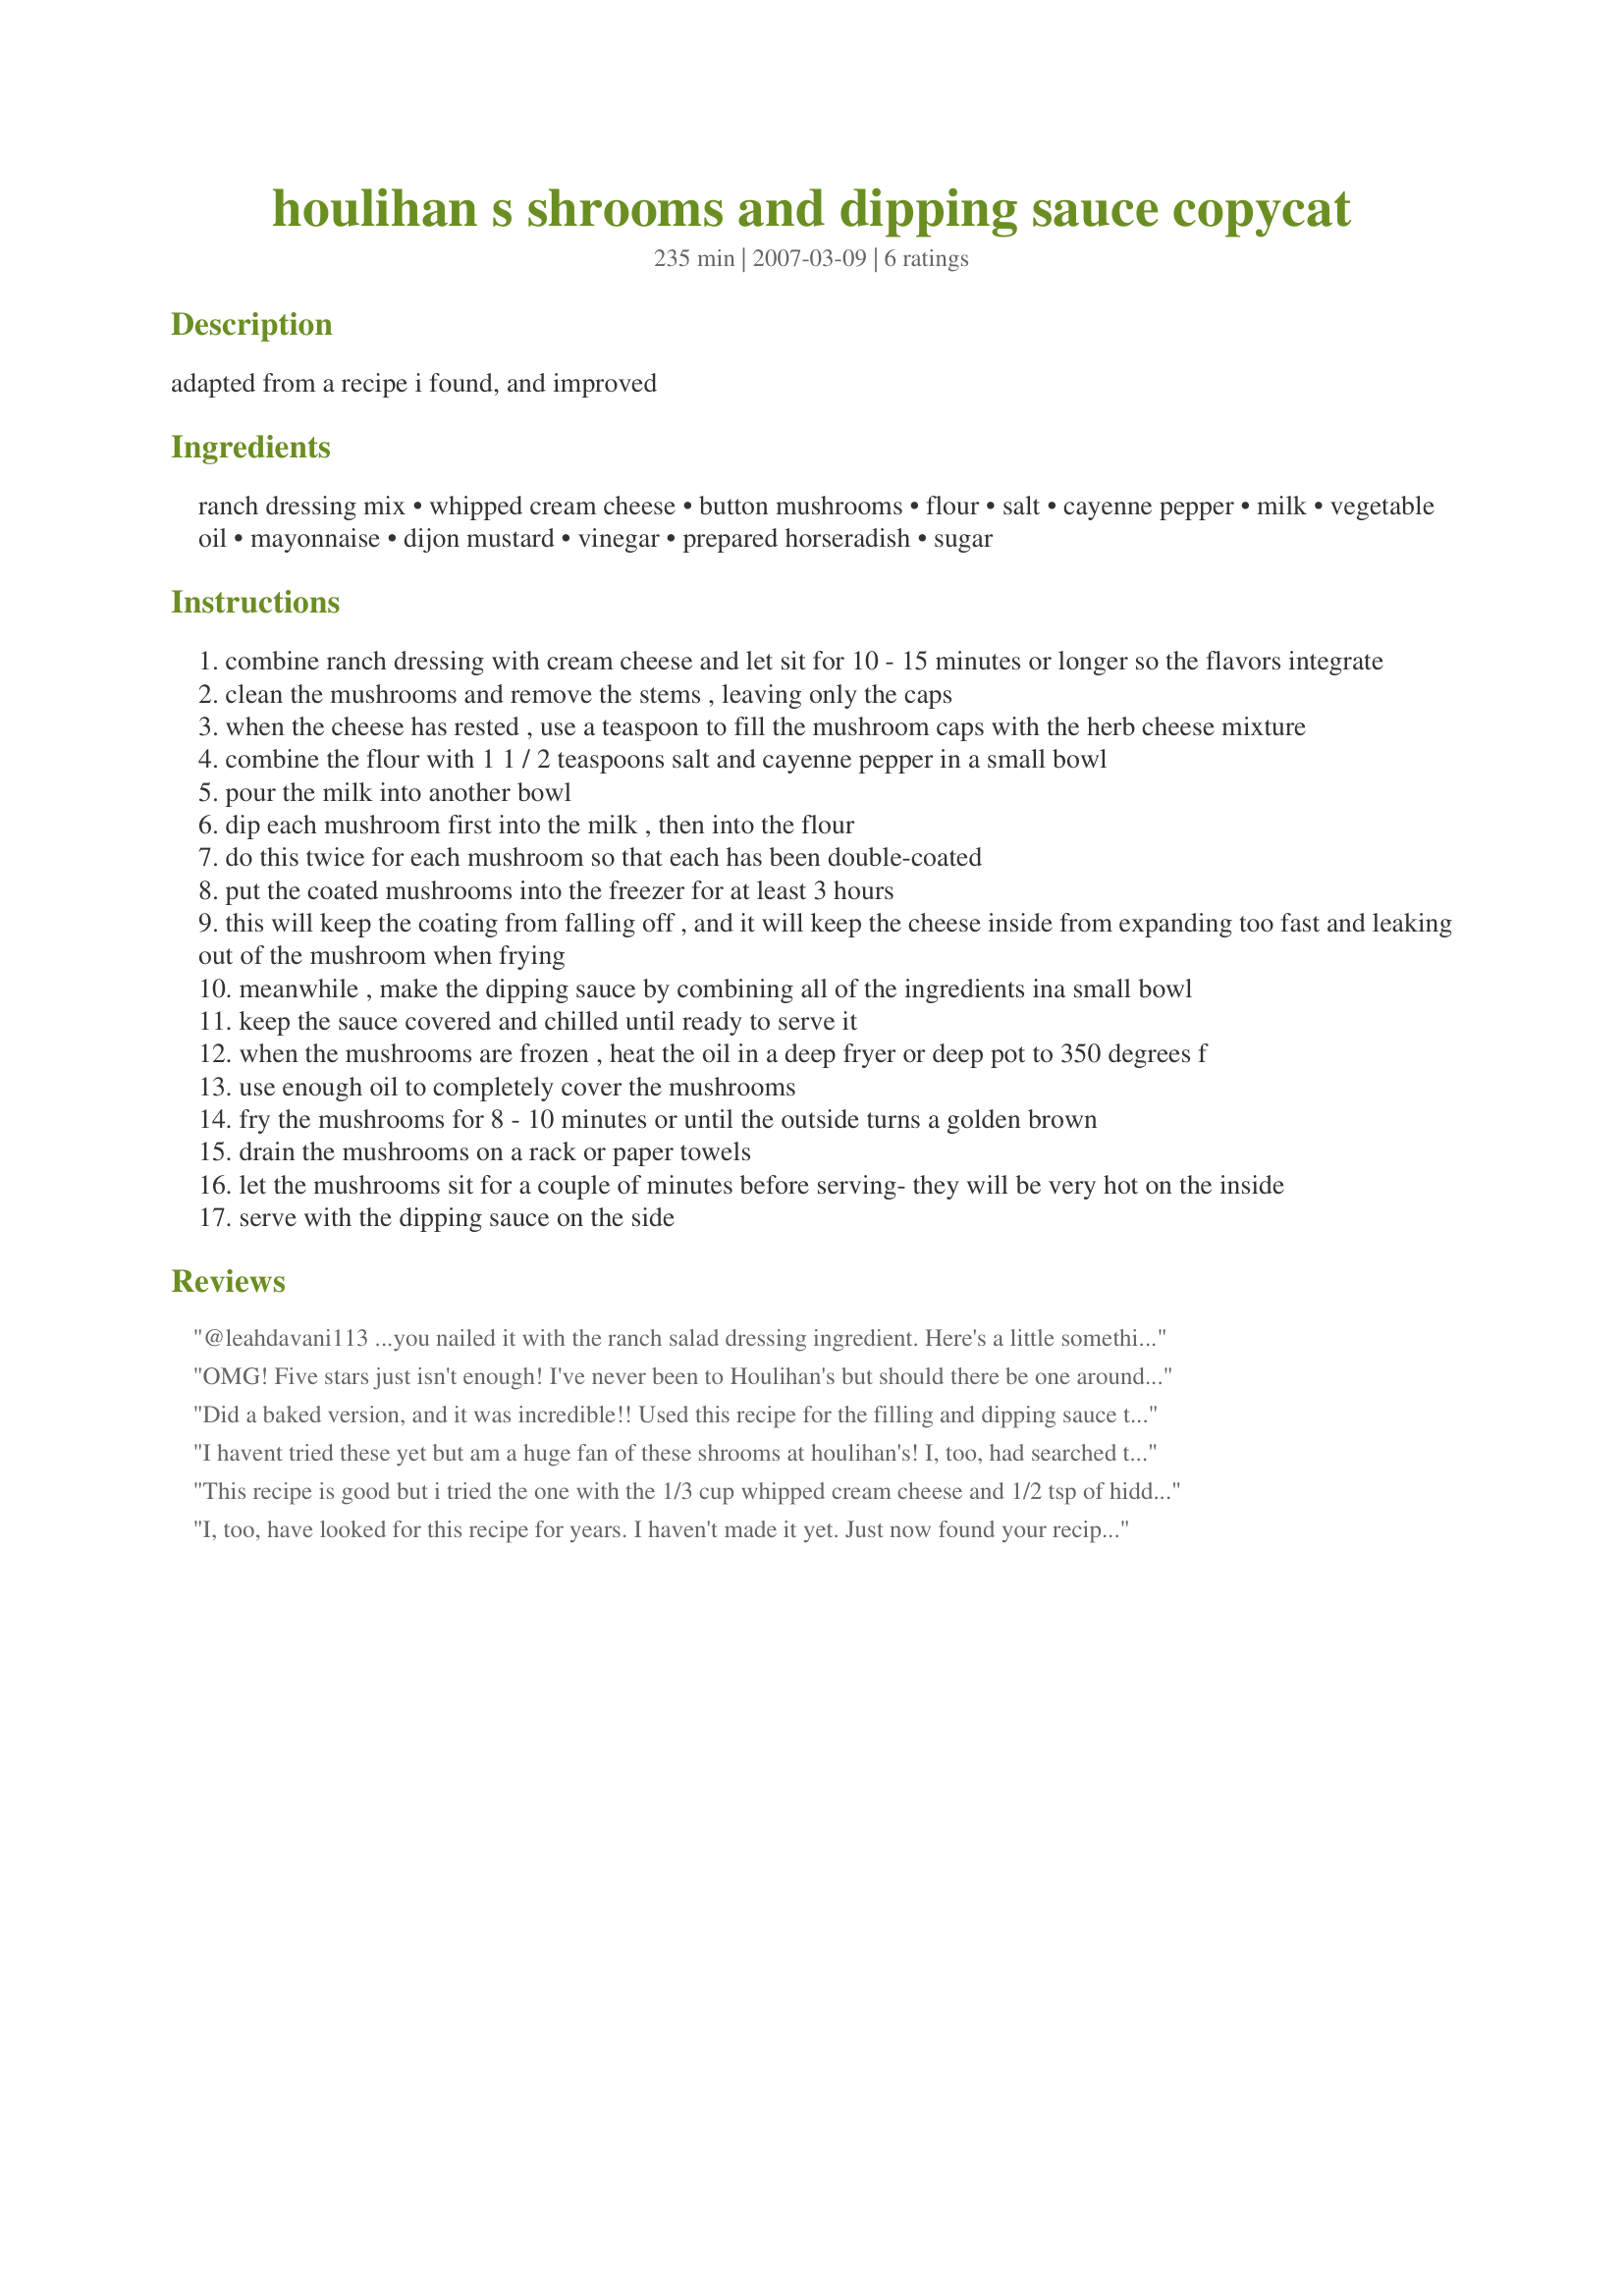
houlihan s shrooms and dipping sauce copycat
Preparation time: 235 minutes

adapted from a recipe i found, and improved

Ingredients:
ranch dressing mix, whipped cream cheese, button mushrooms, flour, salt, cayenne pepper, milk, vegetable oil, mayonnaise, dijon mustard, vinegar, prepared horseradish, sugar

Steps:
combine ranch dressing with cream cheese and let sit for 10 - 15 minutes or longer so the flavors integrate
clean the mushrooms and remove the stems , leaving only the caps
when the cheese has rested , use a teaspoon to fill the mushroom caps with the herb cheese mixture
combine the flour with 1 1 / 2 teaspoons salt and cayenne pepper in a small bowl
pour the milk into another bowl
dip each mushroom first into the milk , then into the flour
do this twice for each mushroom so that each has been double-coated
put the coated mushrooms into the freezer for at least 3 hours
this will keep the coating from falling off , and it will keep the cheese inside from expanding too fast and leaking out of the mushroom when frying
meanwhile , make the dipping sauce by combining all of the ingredients ina small bowl
keep the sauce covered and chilled until ready to serve it
when the mushrooms are frozen , heat the oil in a deep fryer or deep pot to 350 degrees f
use enough oil to completely cover the mushrooms
fry the mushrooms for 8 - 10 minutes or until the outside turns a golden brown
drain the mushrooms on a rack or paper towels
let the mushrooms sit for a couple of minutes before serving- they will be very hot on the inside
serve with the dipping sauce on the side

Reviews:
@leahdavani113 ...you nailed it with the ranch salad dressing ingredient. Here's a little something extra to make them even better. Sautee fresh green leaf spinach with a teaspoon of minced garlic &amp; a little olive oil until the leaves are thoroughly wilted. Add the sauteed spinach to the cream cheese mixture with a tablespoon of fresh parmasean cheese. IMO they will come out way more than the Houlihan version.
OMG! Five stars just isn't enough! I've never been to Houlihan's but should there be one around the corner I'd probably be hanging out there just for these. I was able to stuff 23 from the filling mixture and froze them airtight for 48 hours. Surprisingly, they didn't make a mess out of the oil in the fryer. Trick is to keep a close eye on them. And, that dipping sauce is to die for. Can't say enough about this recipe. Thank you so much for sharing this with us.
Did a baked version, and it was incredible!! Used this recipe for the filling and dipping sauce then used this recipe: Baked Crisp-Coated Mushrooms (Recipe #228623) for the coating. Houlihan's left our area a few years ago...have been missing these shrooms ever since!
I havent tried these yet but am a huge fan of these shrooms at houlihan's! I, too, had searched this recipe out.. and the only think different I found was that on the herb cheese filling, instead of using all the seasonings... it just called for 1/3 c. of whipped cream cheese and a 1/2 t. of ranch dressing mix (dry). Has anyone tried it this way? I heard that is the same combo they use in the stuffed chicken breast there (which I also love!) :)
This recipe is good but i tried the one with the 1/3 cup whipped cream cheese and 1/2 tsp of hidden valley ranch dry dressing and it is absolutely delicious and tastes just like houli's shrooms omg delicious!!
I, too, have looked for this recipe for years. I haven't made it yet. Just now found your recipe. I WILL be making this before long. It sure looks like the real deal. We often go to Hoolihan's and just have a drink and the "shrooms" for dinner. Thanks again
